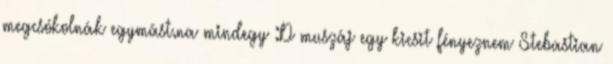
megcsókolnák egymást.na mindegy :D muszáj egy kicsit fényeznem Stebastian